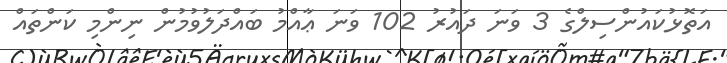
އަތޮޅުކައުންސިލްގެ 3 ވަނަ ދައުރު 102 ވަނަ ޢާއްމު ބައްދަލުވުމުން ނިންމި ކަންތައް